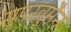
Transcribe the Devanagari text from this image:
सुपरवुमैन